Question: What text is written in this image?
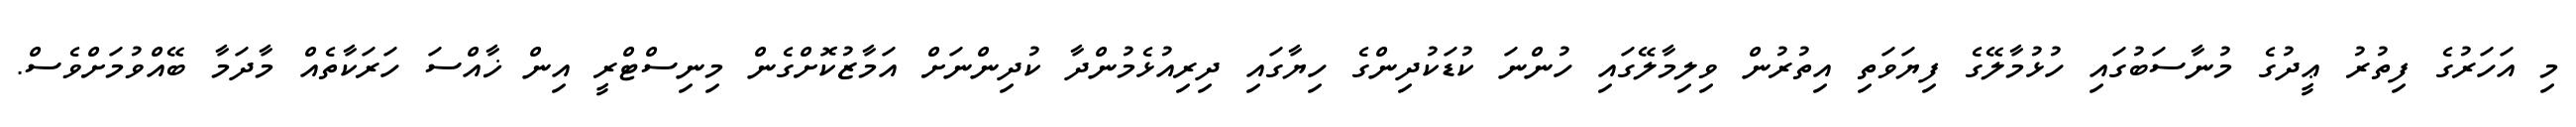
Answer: މި އަހަރުގެ ފިތުރު ޢީދުގެ މުނާސަބުގައި ހުޅުމާލޭގެ ފިޔަވަތި އިތުރުން ވިލިމާލޭގައި ހުންނަ ކުޑަކުދިންގެ ހިޔާގައި ދިރިއުޅެމުންދާ ކުދިންނަށް އަމާޒުކޮށްގެން މިނިސްޓްރީ އިން ޚާއްސަ ހަރަކާތެއް މާދަމާ ބޭއްވުމަށްވެސް.